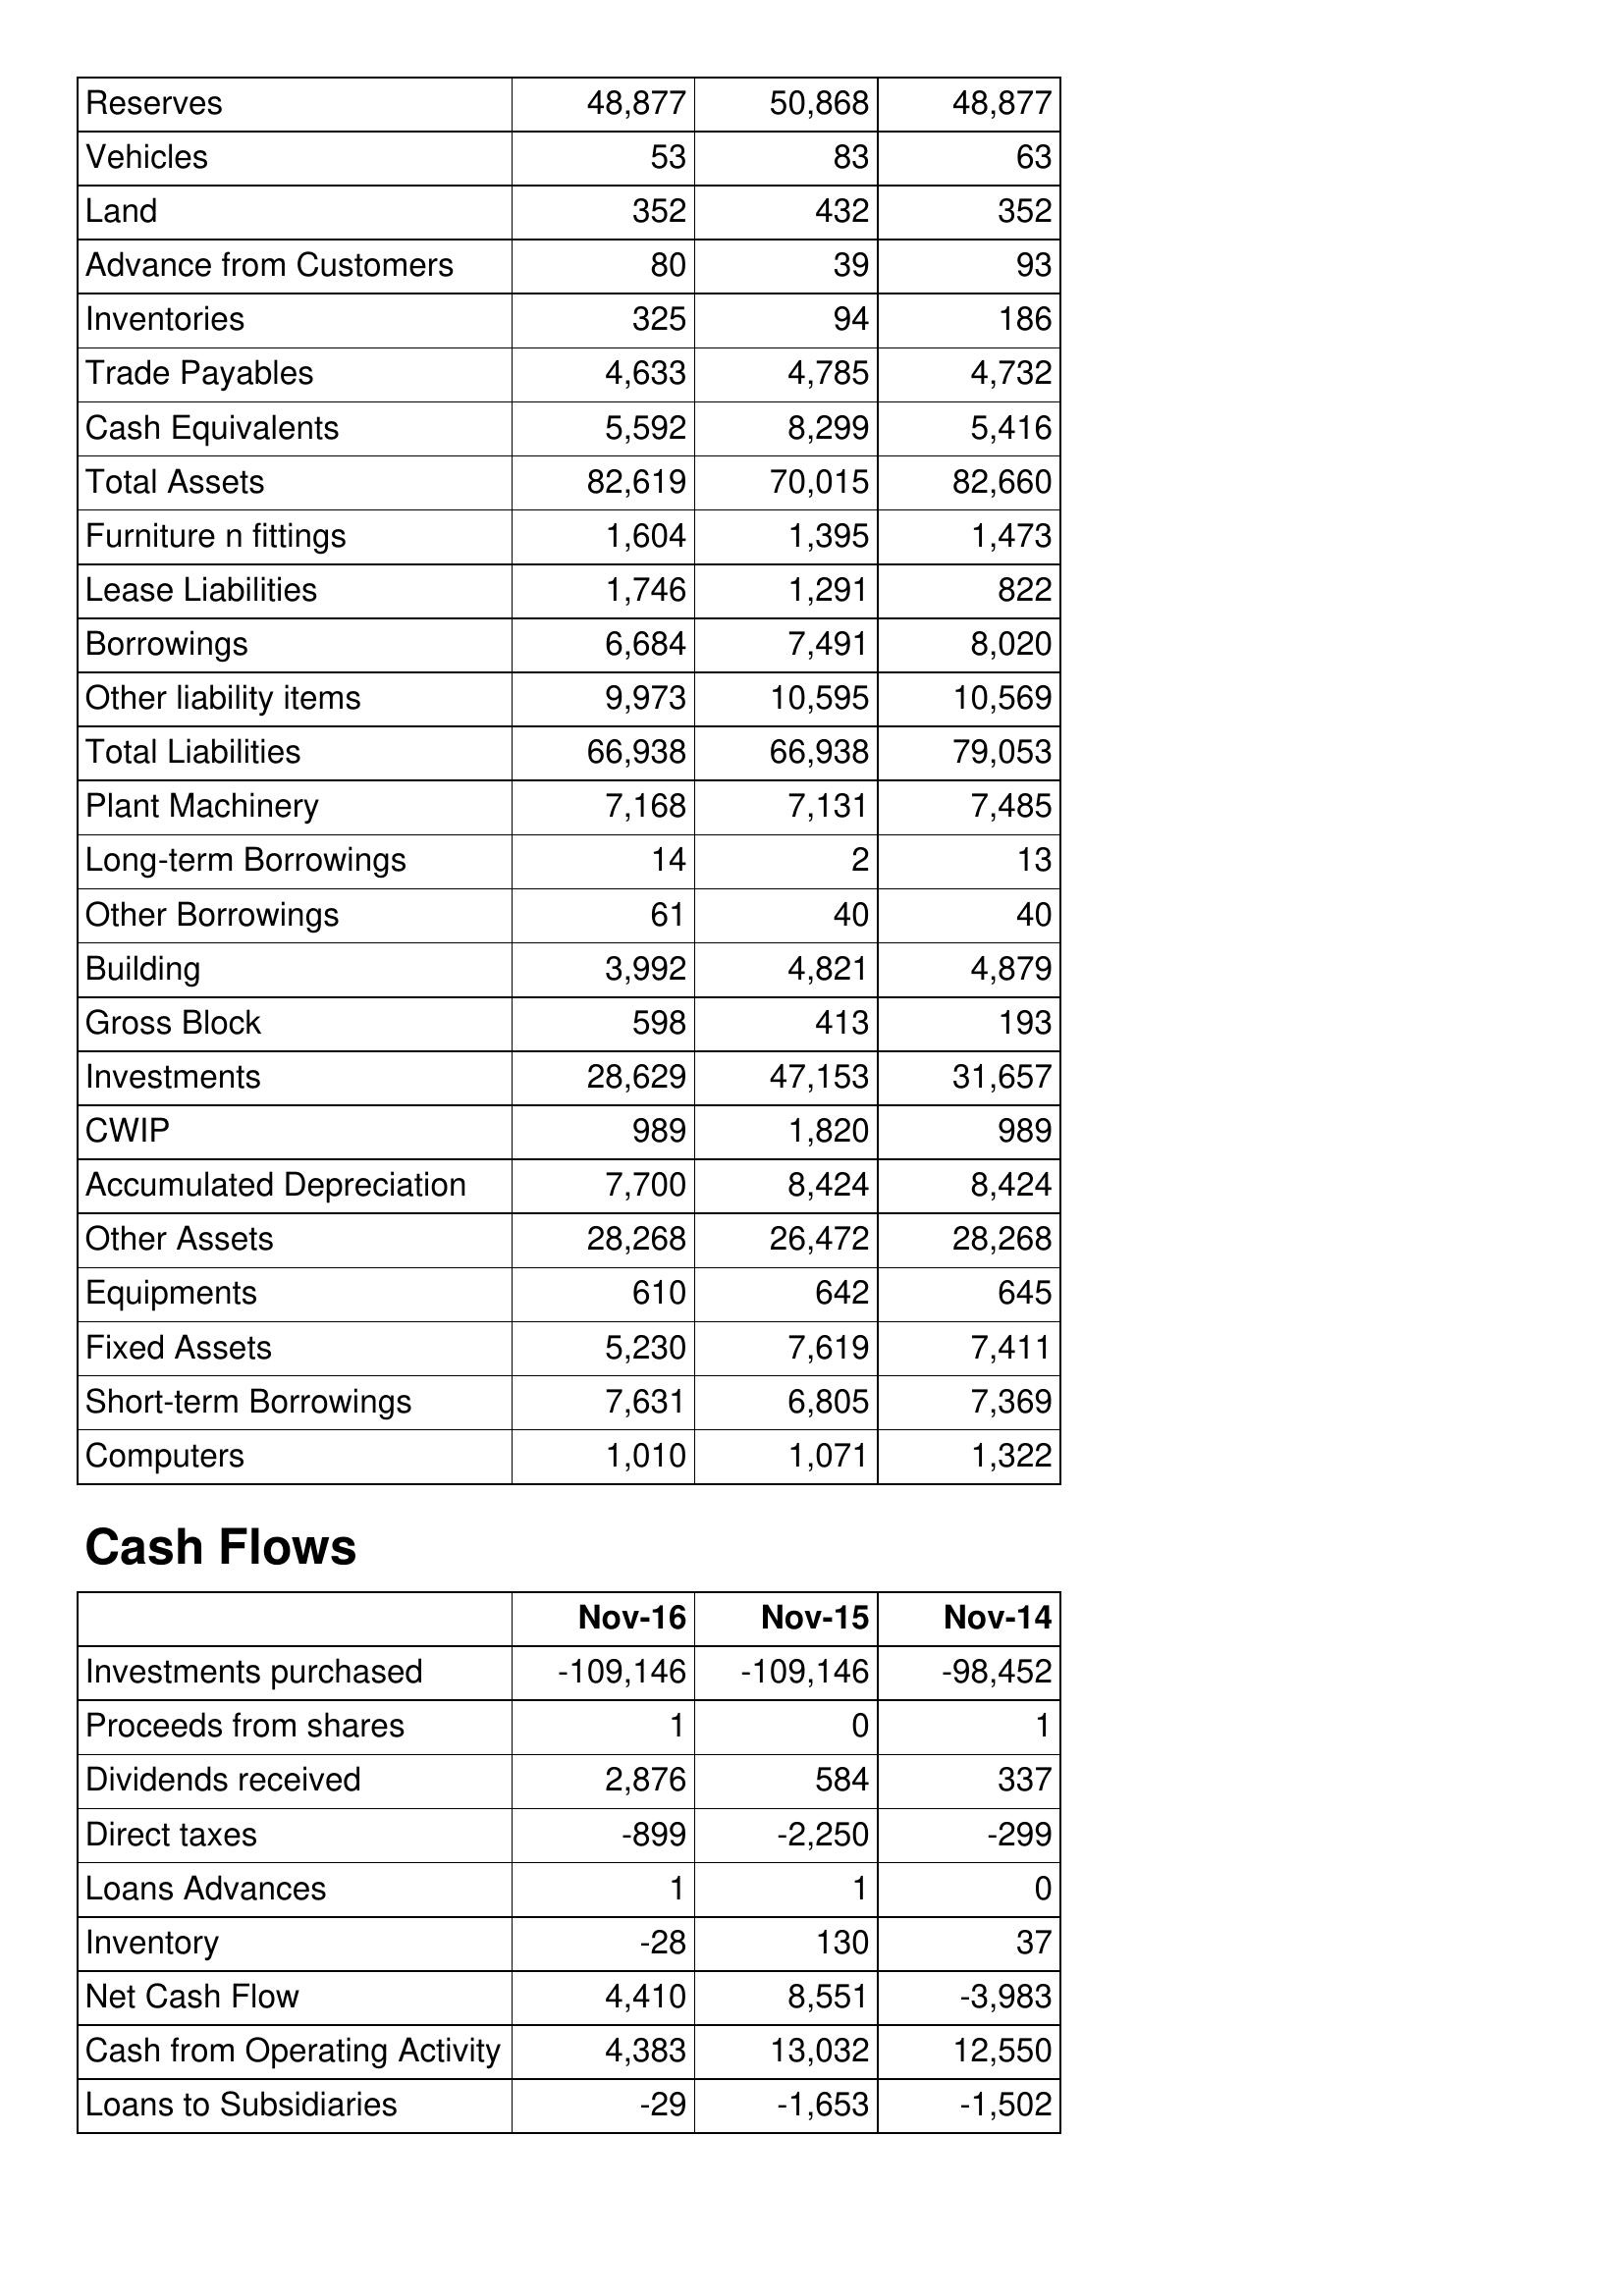
Nov-16: Balance Sheet: Reserves: 48,877
Vehicles: 53
Land: 352
Advance from Customers: 80
Inventories: 325
Trade Payables: 4,633
Cash Equivalents: 5,592
Total Assets: 82,619
Furniture n fittings: 1,604
Lease Liabilities: 1,746
Borrowings: 6,684
Other liability items: 9,973
Total Liabilities: 66,938
Plant Machinery: 7,168
Long-term Borrowings: 14
Other Borrowings: 61
Building: 3,992
Gross Block: 598
Investments: 28,629
CWIP: 989
Accumulated Depreciation: 7,700
Other Assets: 28,268
Equipments: 610
Fixed Assets: 5,230
Short-term Borrowings: 7,631
Computers: 1,010
Cash Flows: Investments purchased: -109,146
Proceeds from shares: 1
Dividends received: 2,876
Direct taxes: -899
Loans Advances: 1
Inventory: -28
Net Cash Flow: 4,410
Cash from Operating Activity: 4,383
Loans to Subsidiaries: -29
Nov-15: Balance Sheet: Reserves: 50,868
Vehicles: 83
Land: 432
Advance from Customers: 39
Inventories: 94
Trade Payables: 4,785
Cash Equivalents: 8,299
Total Assets: 70,015
Furniture n fittings: 1,395
Lease Liabilities: 1,291
Borrowings: 7,491
Other liability items: 10,595
Total Liabilities: 66,938
Plant Machinery: 7,131
Long-term Borrowings: 2
Other Borrowings: 40
Building: 4,821
Gross Block: 413
Investments: 47,153
CWIP: 1,820
Accumulated Depreciation: 8,424
Other Assets: 26,472
Equipments: 642
Fixed Assets: 7,619
Short-term Borrowings: 6,805
Computers: 1,071
Cash Flows: Investments purchased: -109,146
Proceeds from shares: 0
Dividends received: 584
Direct taxes: -2,250
Loans Advances: 1
Inventory: 130
Net Cash Flow: 8,551
Cash from Operating Activity: 13,032
Loans to Subsidiaries: -1,653
Nov-14: Balance Sheet: Reserves: 48,877
Vehicles: 63
Land: 352
Advance from Customers: 93
Inventories: 186
Trade Payables: 4,732
Cash Equivalents: 5,416
Total Assets: 82,660
Furniture n fittings: 1,473
Lease Liabilities: 822
Borrowings: 8,020
Other liability items: 10,569
Total Liabilities: 79,053
Plant Machinery: 7,485
Long-term Borrowings: 13
Other Borrowings: 40
Building: 4,879
Gross Block: 193
Investments: 31,657
CWIP: 989
Accumulated Depreciation: 8,424
Other Assets: 28,268
Equipments: 645
Fixed Assets: 7,411
Short-term Borrowings: 7,369
Computers: 1,322
Cash Flows: Investments purchased: -98,452
Proceeds from shares: 1
Dividends received: 337
Direct taxes: -299
Loans Advances: 0
Inventory: 37
Net Cash Flow: -3,983
Cash from Operating Activity: 12,550
Loans to Subsidiaries: -1,502